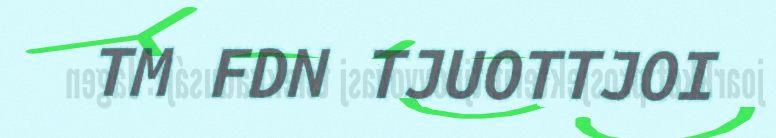
TM FDN TJUOTTJOI